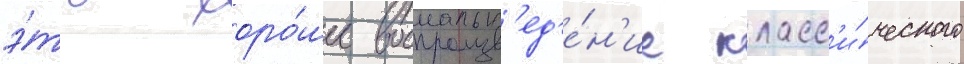
э́то хоро́шее воспроизв'ед'е́н'ие класс'и́ческого